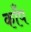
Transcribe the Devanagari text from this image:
कॉँप